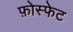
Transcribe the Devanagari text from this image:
फ़ोस्फेट